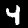
Label: 4